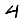
Digit: 4